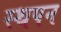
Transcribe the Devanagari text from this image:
स्थपन